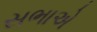
સભાએ